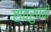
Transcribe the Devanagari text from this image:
स्वरुपमे